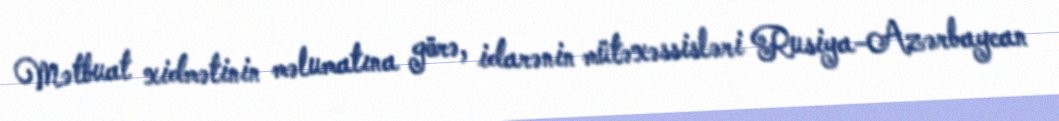
Mətbuat xidmətinin məlumatına görə, idarənin mütəxəssisləri Rusiya-Azərbaycan